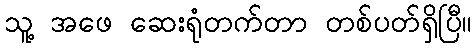
သူ့ အဖေ ဆေးရုံတက်တာ တစ်ပတ်ရှိပြီ။